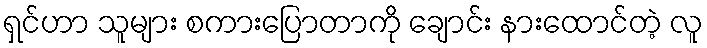
ရှင်ဟာ သူများ စကားပြောတာကို ချောင်း နားထောင်တဲ့ လူ